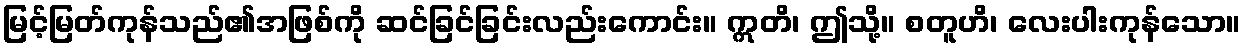
မြင့်မြတ်ကုန်သည်၏အဖြစ်ကို ဆင်ခြင်ခြင်းလည်းကောင်း။ ဣတိ၊ ဤသို့။ စတူဟိ၊ လေးပါးကုန်သော။